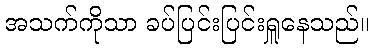
အသက်ကိုသာ ခပ်ပြင်းပြင်းရှူနေသည်။